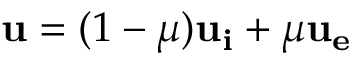
\mathbf { u } = ( 1 - \mu ) \mathbf { u _ { i } } + \mu \mathbf { u _ { e } }